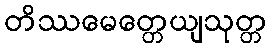
တိဿမေတ္တေယျသုတ္တ